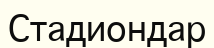
Стадиондар